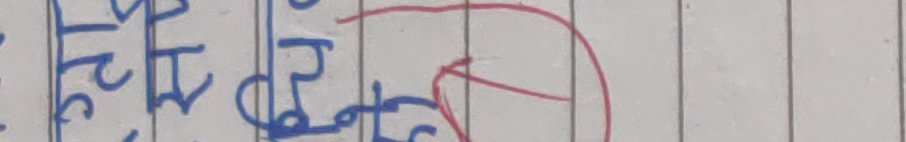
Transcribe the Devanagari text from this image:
सृजनात्मक